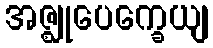
အဇ္ဈုပေက္ခေယျ